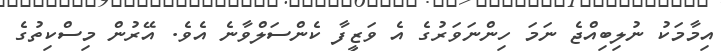
އިމާމަކު ނުލިބިއްޖެ ނަމަ ހިންނަވަރުގެ އެ ވަޒީފާ ކެންސަލްވާނެ އެވެ. އޭރުން މިސްކިތުގެ